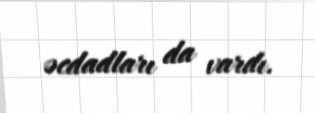
əcdadları da vardı.